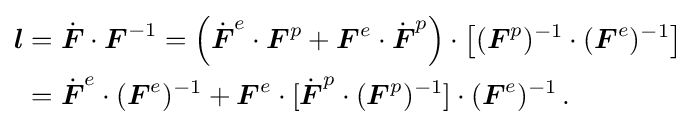
{\begin{aligned}{\boldsymbol {l}}&={\dot {\boldsymbol {F}}}\cdot {\boldsymbol {F}}^{-1}=\left({\dot {\boldsymbol {F}}}^{e}\cdot {\boldsymbol {F}}^{p}+{\boldsymbol {F}}^{e}\cdot {\dot {\boldsymbol {F}}}^{p}\right)\cdot \left[({\boldsymbol {F}}^{p})^{-1}\cdot ({\boldsymbol {F}}^{e})^{-1}\right]\\&={\dot {\boldsymbol {F}}}^{e}\cdot ({\boldsymbol {F}}^{e})^{-1}+{\boldsymbol {F}}^{e}\cdot [{\dot {\boldsymbol {F}}}^{p}\cdot ({\boldsymbol {F}}^{p})^{-1}]\cdot ({\boldsymbol {F}}^{e})^{-1}\,.\end{aligned}}